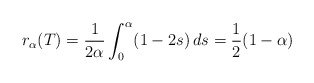
\begin{align*}r_\alpha(T) = \frac{1}{2\alpha} \int^\alpha_0 (1-2s) \, ds = \frac{1}{2}(1-\alpha)\end{align*}